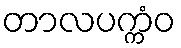
တာလပက္ကံဝ